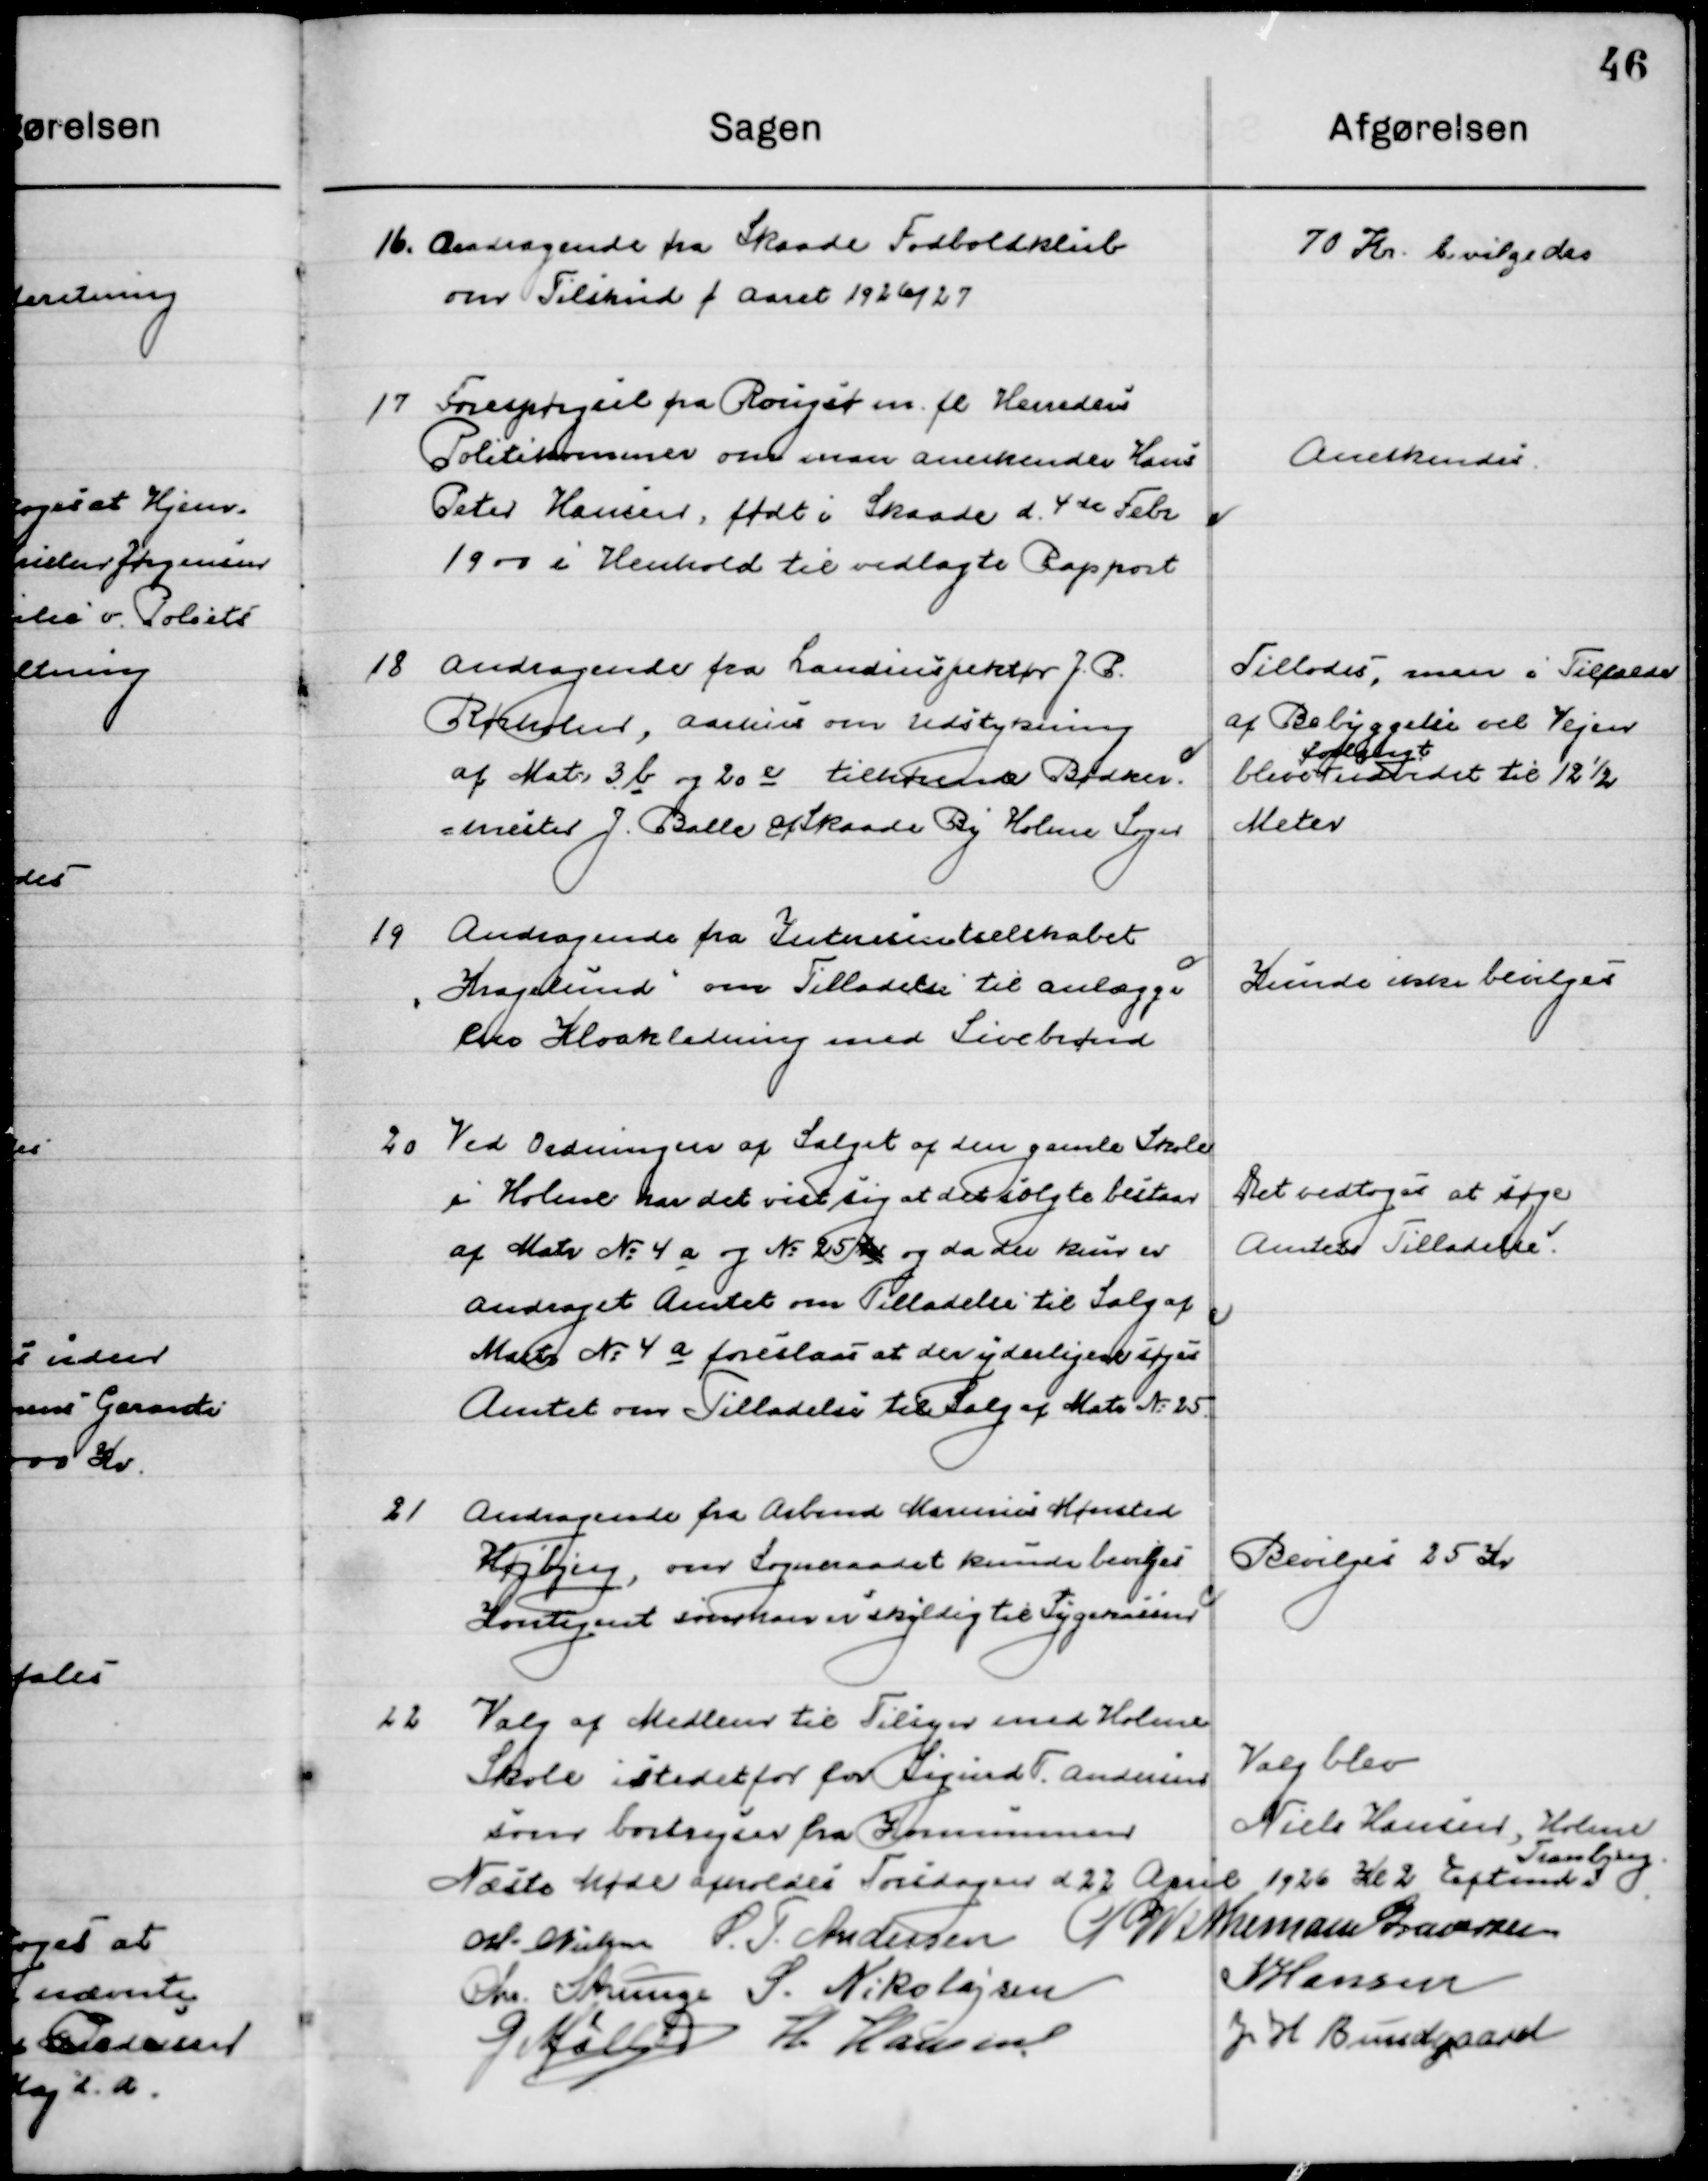
Transskription:
16

Andragende fra Skaade Fodboldklub
om Tilskud f. Aaret 1926/27.

70 Kr. bevilgedes

17

Forespørgsel fra Rouget m. fl. Herreders
Politimester om man anerkender Hans
Peter Hansen, født i Skaade d. 4de Febr. 
1900 i Henhold til vedlagte Rapport

Anerkendes

18

Andragende fra Landinspektør J. P.
Rørholm. Aarhus om Udstykning
af Matr. 3 b og 20 e tilhørende Bødker- 
=mester J. Balle af Skaade By, Holme Sogn.

Tillodes, men i Tilfælde 
af bebyggelse vil vejen
blive  
forlangt
udvidet til 12½
Meter

19

Andragende fra Interessentselskabet
”Kragelund” om Tilladelse til anlægge
en Kloakledning med Sivebrønd.

Kunde ikke bevilges

20

Ved Ordningen af Salget af den gamle Skole
I Holme har det vist sig at det solgte bestaar
af Matr. № 4 a og № 25  og da der kun er
Andraget Amtet om Tilladelse til Salg af 
Matr. № 4 a foreslaas at der yderligere søges 
Amtet om Tilladelse til Salg af Matr. № 25.

Det vedtoges at søge 
Amtets Tilladelse

21

Andragende fra Arbmd. Marius Mønsted
Højbjerg om Sogneraadet kunde bevilges
Kontingent som han er skyldig til Sygekassen

Bevilges 25 Kr.

22

Valg af Medlem til Tilsyn med Holme
Skole i stedet for for Sigurd F. Andersen
som bortrejser fra Kommunen.

Valgt blev
Niels Hansen, Holme

Næste Møde afholdes Torsdagen d. 22 April 1926  Kl. 2 Eftermd. i 
Tranbjerg

M. Nielsen
S. P. Andersen
P. Wethemann Graversen
Chr. Strunge
S. Nikolajsen
N. Hansen
G. Møller
H. Hansen
J. H. Bundgaard